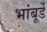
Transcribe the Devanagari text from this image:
भांबूर्डे